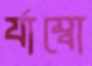
র‍্যাম্বো